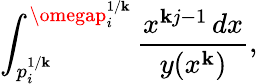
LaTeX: \int_{p_{i}^{1/\mathbf{k}}}^{\omegap_{i}^{1/\mathbf{k}}}\frac{{x^{\mathbf{k}j-1}\, dx}}{{y(x^{\mathbf{k}})}},